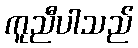
ကူညီပါသည်